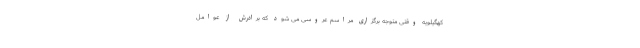
کهگیلویه وقتی متوجه برگزاری مراسم عروسی می شود که برادرش از عوامل